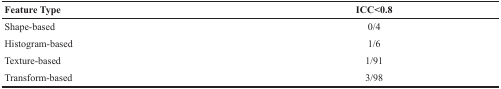
<table><thead><tr><td><b>Feature Type</b></td><td><b>ICC&lt;0.8</b></td></tr></thead><tbody><tr><td>Shape-based</td><td>0/4</td></tr><tr><td>Histogram-based</td><td>1/6</td></tr><tr><td>Texture-based</td><td>1/91</td></tr><tr><td>Transform-based</td><td>3/98</td></tr></tbody></table>